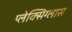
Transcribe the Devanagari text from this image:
प्लेक्सिग्लास